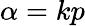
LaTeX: \alpha=kp